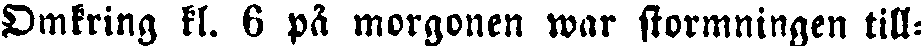
Omkring kl. 6 på morgonen war stormningen till-